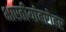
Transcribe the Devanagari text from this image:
भारतीयांबरोबर